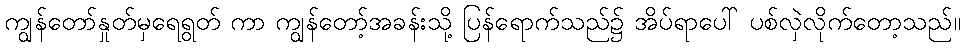
ကျွန်တော်နှုတ်မှရေရွတ် ကာ ကျွန်တော့်အခန်းသို့ ပြန်ရောက်သည်၌ အိပ်ရာပေါ် ပစ်လှဲလိုက်တော့သည်။